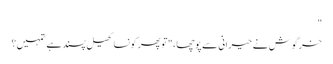
"
خرگوش نے حیرانی سے پوچھا، "تو پھر کونسا کھیل پسند ہے تمہیں؟